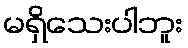
မရှိသေးပါဘူး